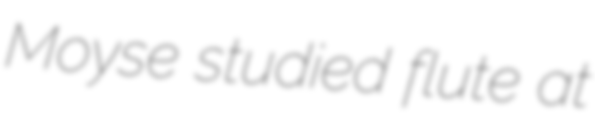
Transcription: Moyse studied flute at